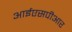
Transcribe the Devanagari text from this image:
आईएसपीआर